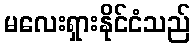
မလေးရှားနိုင်ငံသည်